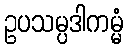
ဥပသမ္ပဒါကမ္မံ